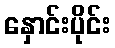
နှောင်းပိုင်း